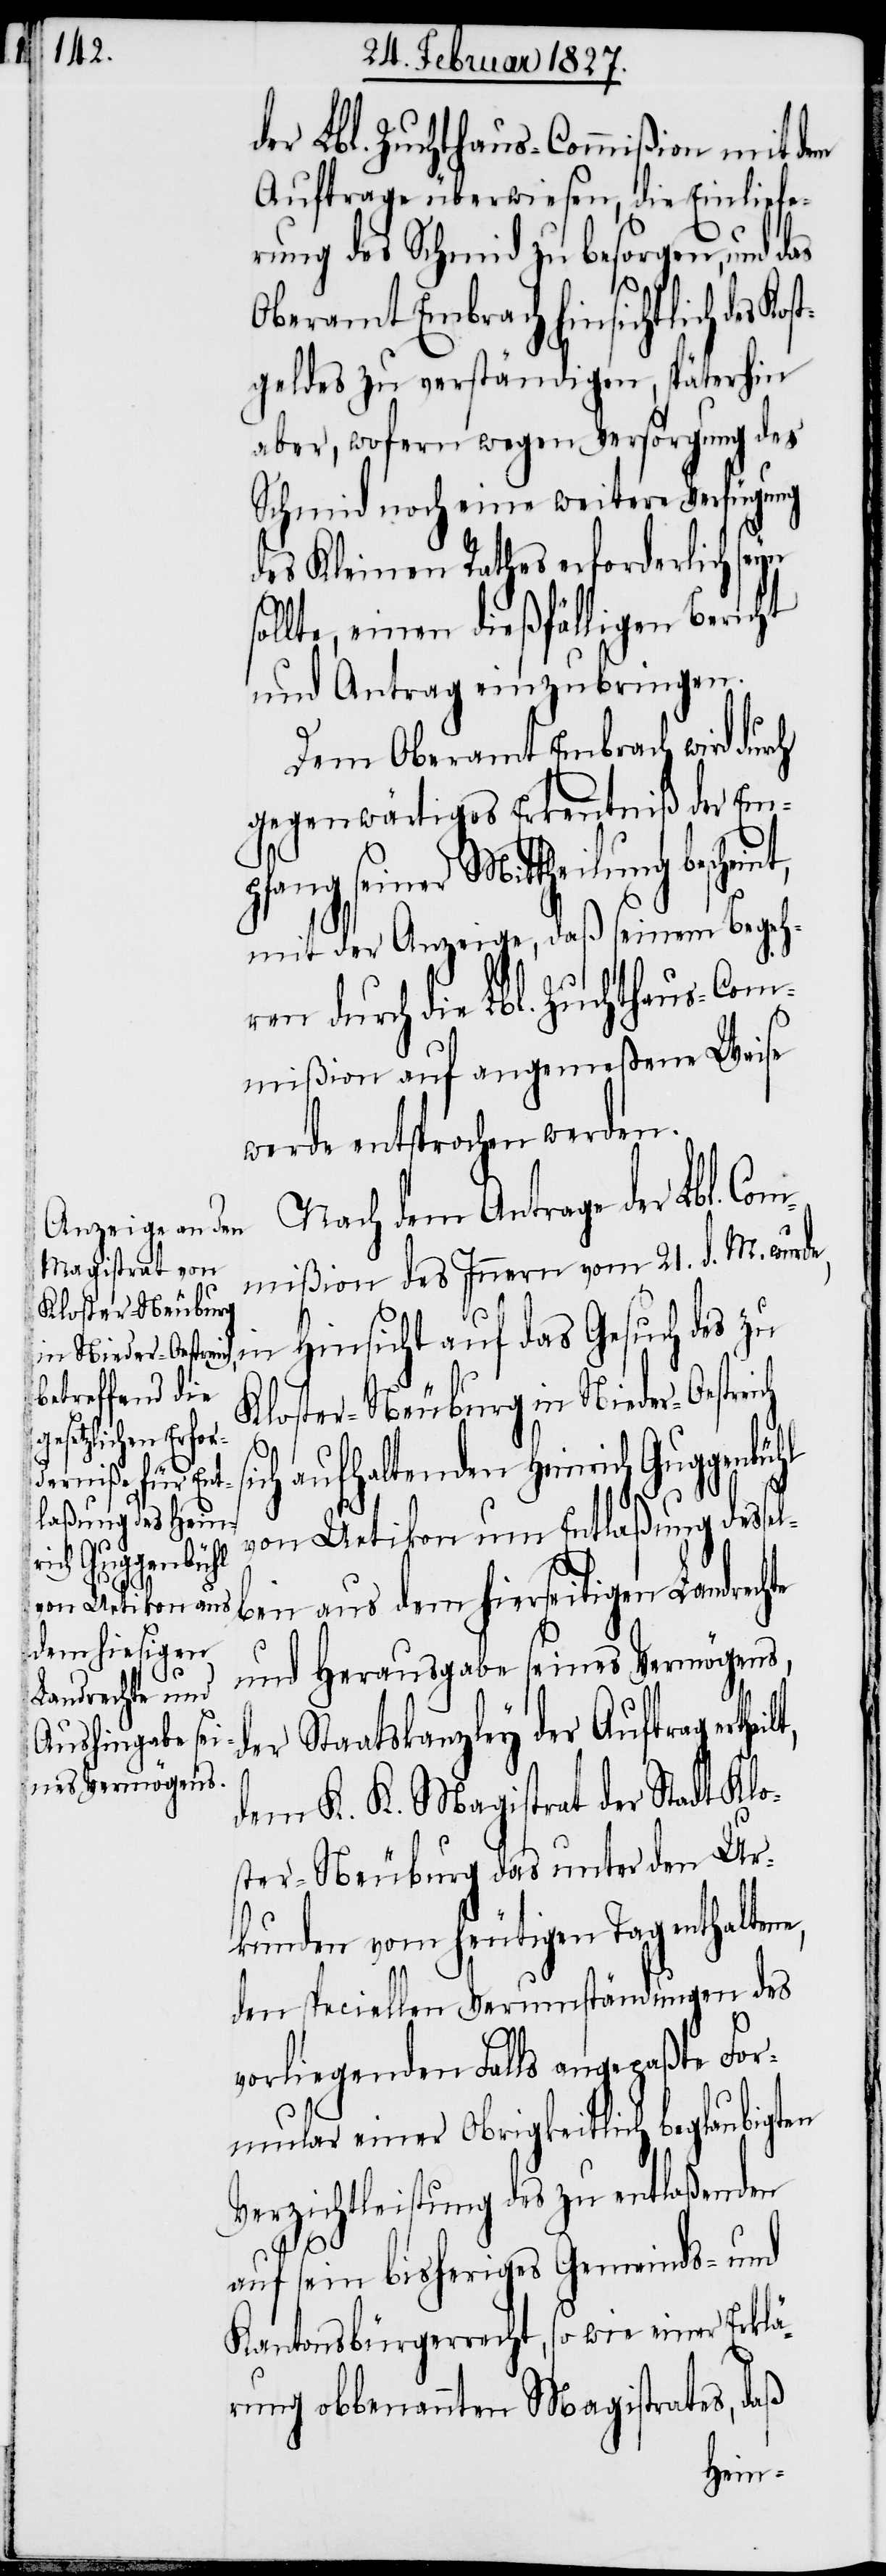
der Lbl. Zuchthaus-Commißion mit dem
Auftrage überwiesen, die Einliefe¬
rung des Schmid zu besorgen, und das
Oberamt Embrach hinsichtlich des
geldes zu verständigen, späterhin
aber, wofern wegen Versorgung des
Schmid noch eine weitere Verfügung
des Kleinen Rathes erforderlich seyn
ollte, einen dießfälligen Bericht
und Antrag einzubringen.
Dem Oberamt Embrach wird durch
gegenwärtiges Erkenntniß der Emp¬
fang seiner Mittheilung
mit der Anzeige, daß seinem Begeh¬
ren durch die Lbl. Zuchthaus-Com¬
mißion auf angemeßene Weise
werde entsprochen werden.
Nach dem Antrage der Lbl. Co¬
mmißion des Innern vom 21. d. M. wurde,
in Hinsicht auf das Gesuch des zu
Kloster-Neuburg in Nieder-Oestrei¬
ich aufhaltenden Heinrich Guggenbühl
s¬
von Uetikon um Entlaßung dessel¬
ben aus dem hierseitigen Landre¬
und Herausgabe seines Vermögens,
der Staatskanzley der Auftrag erthe¬
dem K. K. Magistrat der Stadt Klo¬
ster-Neuburg das unter den Ur¬
kunden vom heutigen Tag enthaltene,
den speciellen Verumständungen des
vorliegenden Falls angepaßte For¬
mular einer Obrigkeitlich beglaubigten
Verzichtleistung des zu entlaßenden
ilt,
auf sein bisheriges Gemeinds- und
Kantonsbürgerrecht, so wie einer Erklä¬
rung obbenannten Magistrates, daß